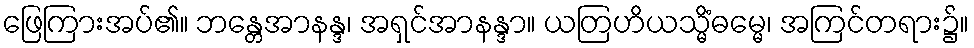
ဖြေကြားအပ်၏။ ဘန္တေအာနန္ဒ၊ အရှင်အာနန္ဒာ။ ယတြဟိယသ္မိံဓမ္မေ၊ အကြင်တရား၌။